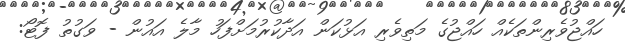
ހައްޖުވެރިންތަކެއް ހައްޖުގެ މަތިވެރި އަޅުކަން އަދާކުރުމަށްފަހު މާލެ އައުން - ވަގުތު ފޮޓޯ: